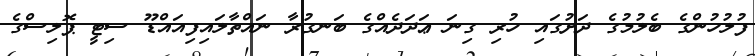
ފުލުހުންގެ ބެލުމުގެ ދަށުގައި ހުރި ގިނަ ޢަދަދެއްގެ ބަނގުރާ ނައްތާލައިފިއައްޑޫ ސިޓީ ޕޮލިސްގެ